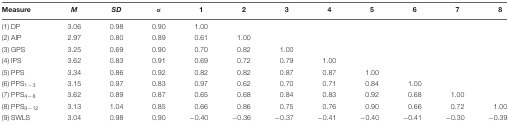
<table><thead><tr><td><b>Measure</b></td><td><b><i>M</i></b></td><td><b><i>SD</i></b></td><td><b>α</b></td><td><b>1</b></td><td><b>2</b></td><td><b>3</b></td><td><b>4</b></td><td><b>5</b></td><td><b>6</b></td><td><b>7</b></td><td><b>8</b></td></tr></thead><tbody><tr><td>(1) DP</td><td>3.06</td><td>0.98</td><td>0.90</td><td>1.00</td><td></td><td></td><td></td><td></td><td></td><td></td><td></td></tr><tr><td>(2) AIP</td><td>2.97</td><td>0.80</td><td>0.89</td><td>0.61</td><td>1.00</td><td></td><td></td><td></td><td></td><td></td><td></td></tr><tr><td>(3) GPS</td><td>3.25</td><td>0.69</td><td>0.90</td><td>0.70</td><td>0.82</td><td>1.00</td><td></td><td></td><td></td><td></td><td></td></tr><tr><td>(4) IPS</td><td>3.62</td><td>0.83</td><td>0.91</td><td>0.69</td><td>0.72</td><td>0.79</td><td>1.00</td><td></td><td></td><td></td><td></td></tr><tr><td>(5) PPS</td><td>3.34</td><td>0.86</td><td>0.92</td><td>0.82</td><td>0.82</td><td>0.87</td><td>0.87</td><td>1.00</td><td></td><td></td><td></td></tr><tr><td>(6) PPS<sub>1-3</sub></td><td>3.15</td><td>0.97</td><td>0.83</td><td>0.97</td><td>0.62</td><td>0.70</td><td>0.71</td><td>0.84</td><td>1.00</td><td></td><td></td></tr><tr><td>(7) PPS<sub>4-8</sub></td><td>3.62</td><td>0.89</td><td>0.87</td><td>0.65</td><td>0.68</td><td>0.84</td><td>0.83</td><td>0.92</td><td>0.68</td><td>1.00</td><td></td></tr><tr><td>(8) PPS<sub>9-12</sub></td><td>3.13</td><td>1.04</td><td>0.85</td><td>0.66</td><td>0.86</td><td>0.75</td><td>0.76</td><td>0.90</td><td>0.66</td><td>0.72</td><td>1.00</td></tr><tr><td>(9) SWLS</td><td>3.04</td><td>0.98</td><td>0.90</td><td>-0.40</td><td>-0.36</td><td>-0.37</td><td>-0.41</td><td>-0.40</td><td>-0.41</td><td>-0.30</td><td>-0.39</td></tr></tbody></table>